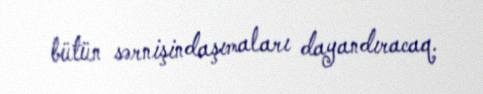
bütün sərnişindaşımaları dayandıracaq.